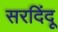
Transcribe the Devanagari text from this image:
सरदिंदू